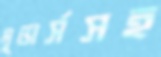
মুভার্সসহ